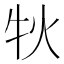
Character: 𤘭